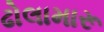
ઢોલામારૂ